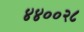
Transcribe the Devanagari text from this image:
४४००२८